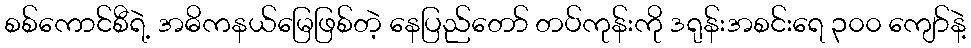
စစ်ကောင်စီရဲ့ အဓိကနယ်မြေဖြစ်တဲ့ နေပြည်တော် တပ်ကုန်းကို ဒရုန်းအစင်းရေ ၃၀၀ ကျော်နဲ့